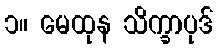
၁။ မေထုန သိက္ခာပုဒ်